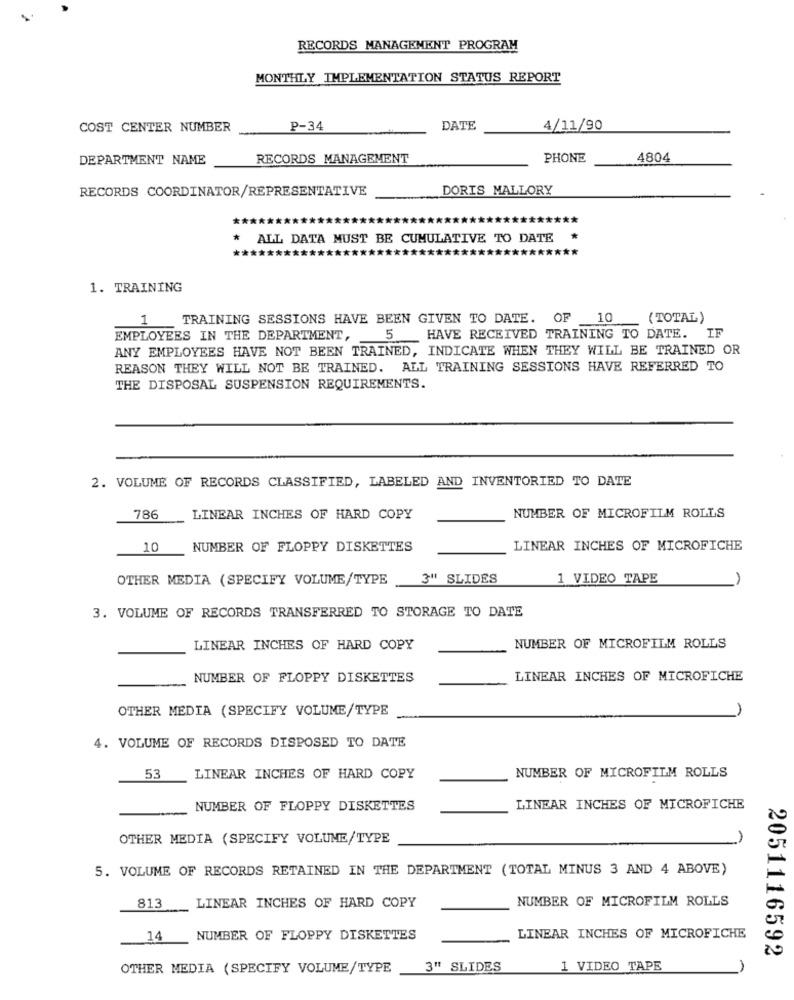
RECORDS MANAGEMENT PROGRAM
MONTHLY IMPLEMENTATION STATUS REPORT
COST CENTER NUMBER
P-34
DATE
4/11/90
DEPARTMENT NAME
RECORDS MANAGEMENT
PHONE
4804
RECORDS COORDINATOR/REPRESENTATIVE
DORIS MALLORY
* ALL DATA MUST BE CUMULATIVE TO DATE
**************
**
1. TRAINING
TRAINING SESSIONS HAVE BEEN GIVEN TO DATE. OF 10
(TOTAL )
EMPLOYEES IN THE DEPARTMENT, 5 HAVE RECEIVED TRAINING TO DATE. IF
ANY EMPLOYEES HAVE NOT BEEN TRAINED, INDICATE WHEN THEY WILL BE TRAINED OR
REASON THEY WILL NOT BE TRAINED. ALL TRAINING SESSIONS HAVE REFERRED TO
THE DISPOSAL SUSPENSION REQUIREMENTS.
2. VOLUME OF RECORDS CLASSIFIED, LABELED AND INVENTORIED TO DATE
786
LINEAR INCHES OF HARD COPY
NUMBER OF MICROFILM ROLLS
10
NUMBER OF FLOPPY DISKETTES
LINEAR INCHES OF MICROFICHE
OTHER MEDIA (SPECIFY VOLUME/TYPE
3" SLIDES
1 VIDEO TAPE
A
3. VOLUME OF RECORDS TRANSFERRED TO STORAGE TO DATE
LINEAR INCHES OF HARD COPY
NUMBER OF MICROFILM ROLLS
NUMBER OF FLOPPY DISKETTES
LINEAR INCHES OF MICROFICHE
OTHER MEDIA (SPECIFY VOLUME/TYPE
4. VOLUME OF RECORDS DISPOSED TO DATE
53
LINEAR INCHES OF HARD COPY
NUMBER OF MICROFILM ROLLS
-
NUMBER OF FLOPPY DISKETTES
LINEAR INCHES OF MICROFICHE
OTHER MEDIA (SPECIFY VOLUME/TYPE
5. VOLUME OF RECORDS RETAINED IN THE DEPARTMENT (TOTAL MINUS 3 AND 4 ABOVE)
NUMBER OF MICROFILM ROLLS
813
LINEAR INCHES OF HARD COPY
14
NUMBER OF FLOPPY DISKETTES
LINEAR INCHES OF MICROFICHE
2051116592
OTHER MEDIA (SPECIFY VOLUME/TYPE
3" SLIDES
1 VIDEO TAPE